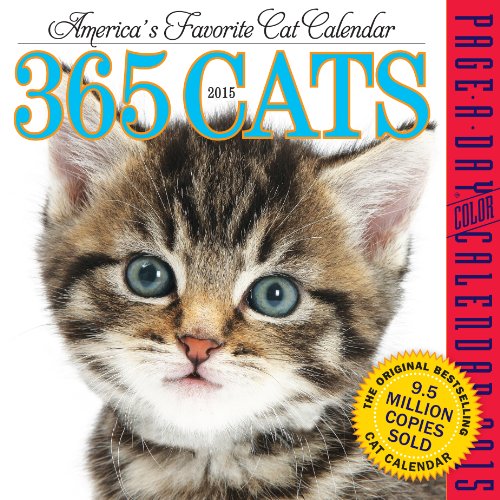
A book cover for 365 Cats 2015 Page-A-Day Calendar; Workman Publishing; Calendars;